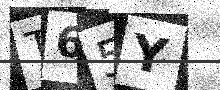
Text: T65Y